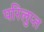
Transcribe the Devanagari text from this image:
परिलुप्त